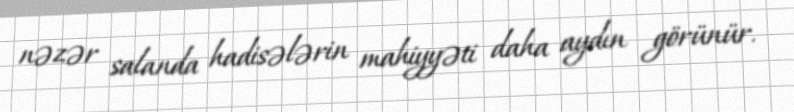
nəzər salanda hadisələrin mahiyyəti daha aydın görünür.